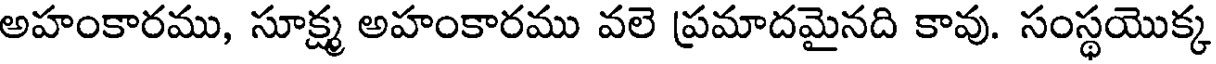
అహంకారము, సూక్ష్మ అహంకారము వలె ప్రమాదమైనది కావు. సంస్థయొక్క